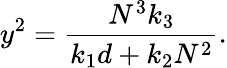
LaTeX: y^{2}=\frac{N^{3}k_{3}}{k_{1}d+k_{2}N^{2}}.